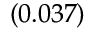
_ { ( 0 . 0 3 7 ) }